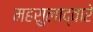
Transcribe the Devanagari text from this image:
महसुलाद्वारे